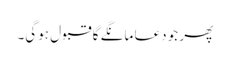
پھر جو دعا مانگے گا قبول ہوگی۔